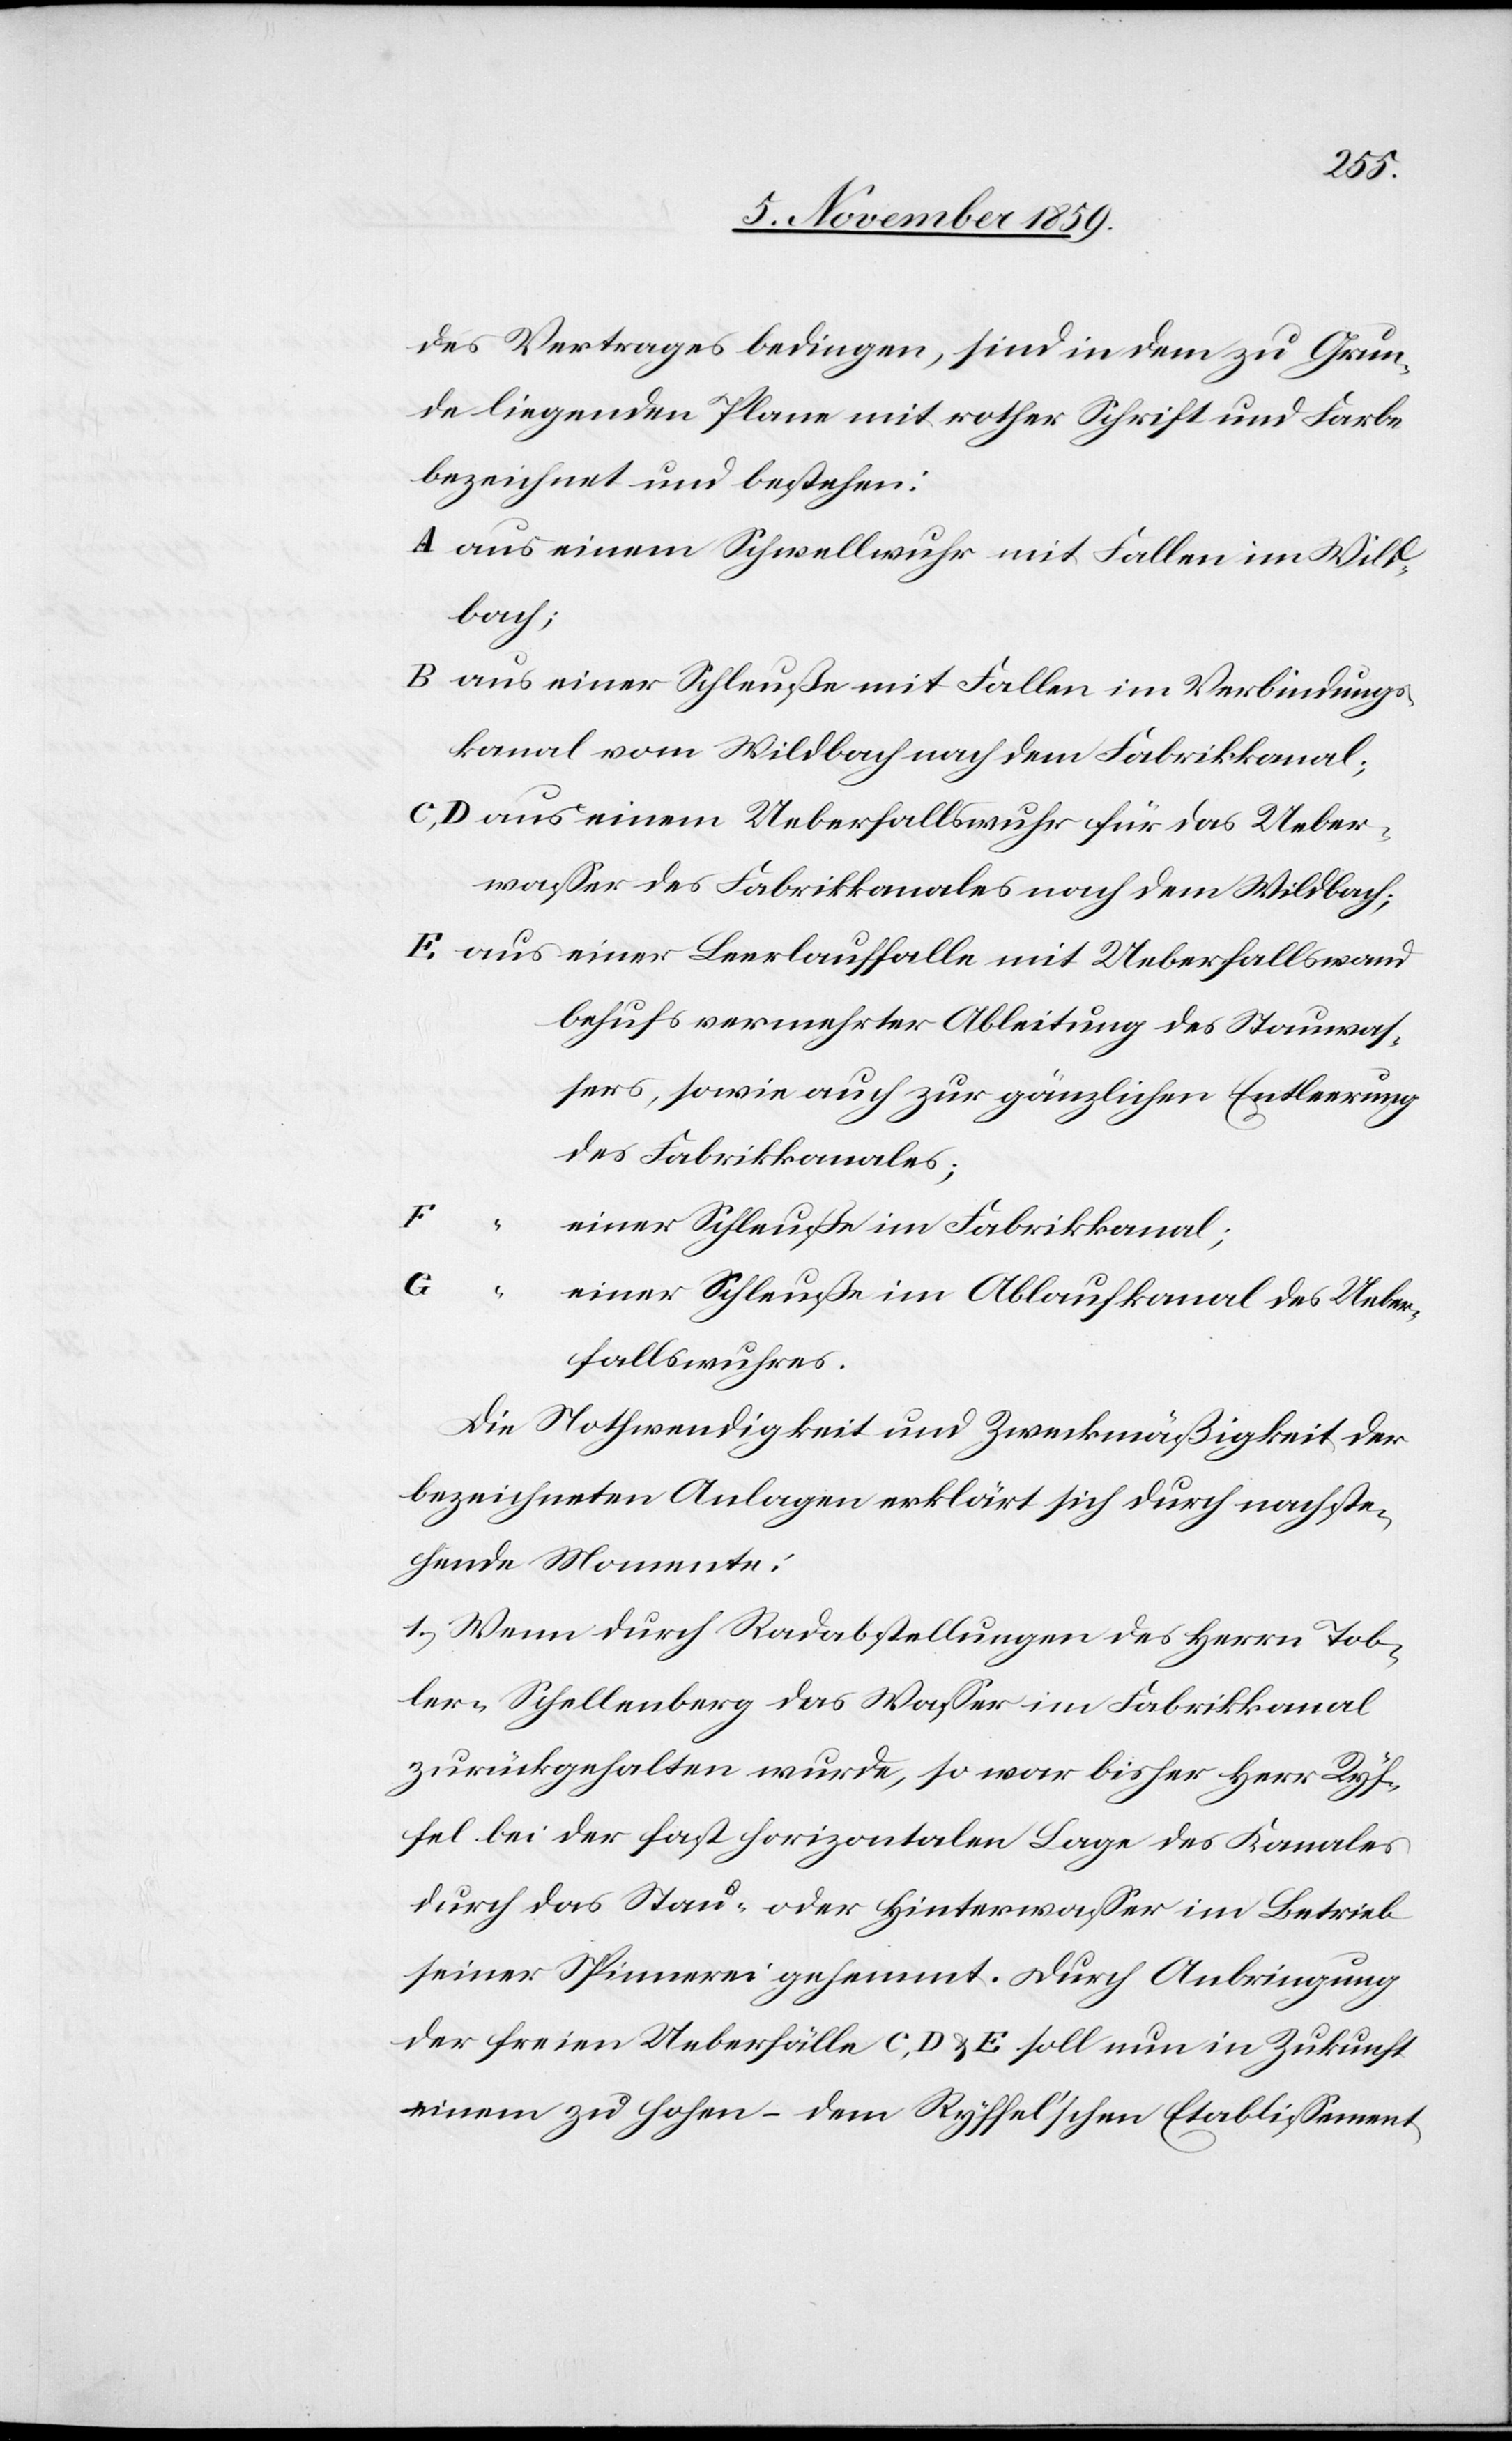
G	“	e¬
des Vertrages bedingen, sind in dem zu Grun¬
de liegenden Plan mit rother Schrift und Farbe
bezeichnet und bestehen:
A	aus einer Schleuße mit Fallen im Verbindungs¬
wasser vom Wildbach nach dem Fabrikkanal;
C,D	aus einem Ueberfallswuhr für das Ueber¬
wasser des Fabrikkanals nach dem Wildbach;
E	aus einer Leerlauffalle mit Ueberfallswand
behufs vermehrter Ableitung des 			Stauwas¬
sers, sowie auch zur gänzlichen Entleerung
des Fabrikkanals;
F	“	e¬
iner Schleuße im Fabrikkanal;
iner Schleuße im Ablaufkanal des Ueber¬
fallswuhres.
Die Nothwendigkeit und Zweckmäßigkeit der
bezeichneten Anlagen erklärt sich durch nachste¬
hende Momente:
1) Wenn durch Radabstellungen des Herrn Tob¬
ler-Schellenberg das Wasser im Fabrikkanal
zurückgehalten wurde, so war bisher Herr Ryf¬
fel bei der fast horizontalen Lage des Kanales
durch das Stau- oder Hinterwasser im Betrieb
seiner Spinnerei gehemmt. Durch Anbringung
der freien Ueberfälle C, D & E soll nun in Zukunft
einem zu hohen – dem Ryffel’schen Etablissement